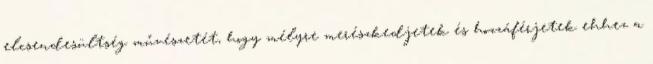
elcsendesültség művészetét, hogy mélyre merészkedjetek és hozzáférjetek ehhez a